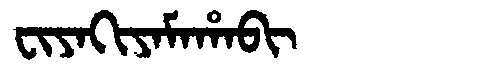
Manchu: ᠸᡳᠶᠠᡴᡳᠶᠠᠮᠠᡥᠠᠪᡳ
Romanization: FIYAKIYAMAHABI